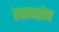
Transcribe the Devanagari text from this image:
हस्त्क्शेप